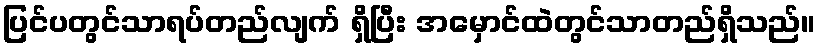
ပြင်ပတွင်သာရပ်တည်လျက် ရှိပြီး အမှောင်ထဲတွင်သာတည်ရှိသည်။